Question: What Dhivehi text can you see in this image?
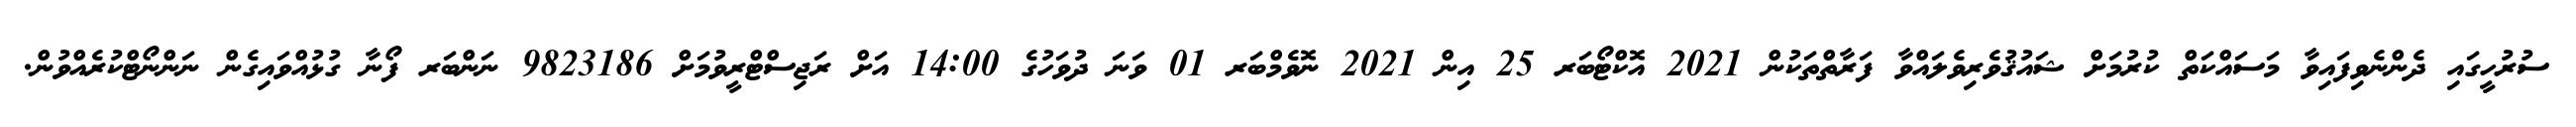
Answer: ސުރުހީގައި ދެންނެވިފައިވާ މަސައްކަތް ކުރުމަށް ޝައުޤުވެރިވެލައްވާ ފަރާތްތަކުން 2021 އޮކްޓޯބަރ 25 އިން 2021 ނޮވެމްބަރ 01 ވަނަ ދުވަހުގެ 14:00 އަށް ރަޖިސްޓްރީވުމަށް 9823186 ނަންބަރ ފޯނާ ގުޅުއްވައިގެން ނަންނޯޓްކުރެއްވުން.